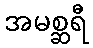
အမစ္ဆရီ